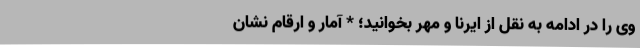
وی را در ادامه به نقل از ایرنا و مهر بخوانید؛ * آمار و ارقام نشان